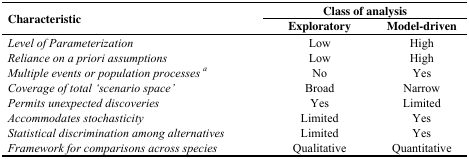
<table><thead><tr><td rowspan="2"><b>Characteristic</b></td><td colspan="2"><b>Class of analysis</b></td></tr><tr><td><b>Exploratory</b></td><td><b>Model-driven</b></td></tr></thead><tbody><tr><td><i>Level of Parameterization</i></td><td>Low</td><td>High</td></tr><tr><td><i>Reliance on a priori assumptions</i></td><td>Low</td><td>High</td></tr><tr><td><i>Multiple events or population processes</i><i>a</i></td><td>No</td><td>Yes</td></tr><tr><td><i>Coverage of total ‘scenario space’</i></td><td>Broad</td><td>Narrow</td></tr><tr><td><i>Permits unexpected discoveries</i></td><td>Yes</td><td>Limited</td></tr><tr><td><i>Accommodates stochasticity</i></td><td>Limited</td><td>Yes</td></tr><tr><td><i>Statistical discrimination among alternatives</i></td><td>Limited</td><td>Yes</td></tr><tr><td><i>Framework for comparisons across species</i></td><td>Qualitative</td><td>Quantitative</td></tr></tbody></table>